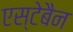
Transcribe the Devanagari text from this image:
एस्टेबैन